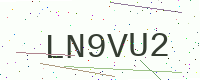
Text: LN9VU2